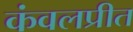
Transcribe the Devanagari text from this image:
कंवलप्रीत